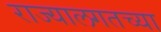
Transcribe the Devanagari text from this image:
राज्यालगतच्या